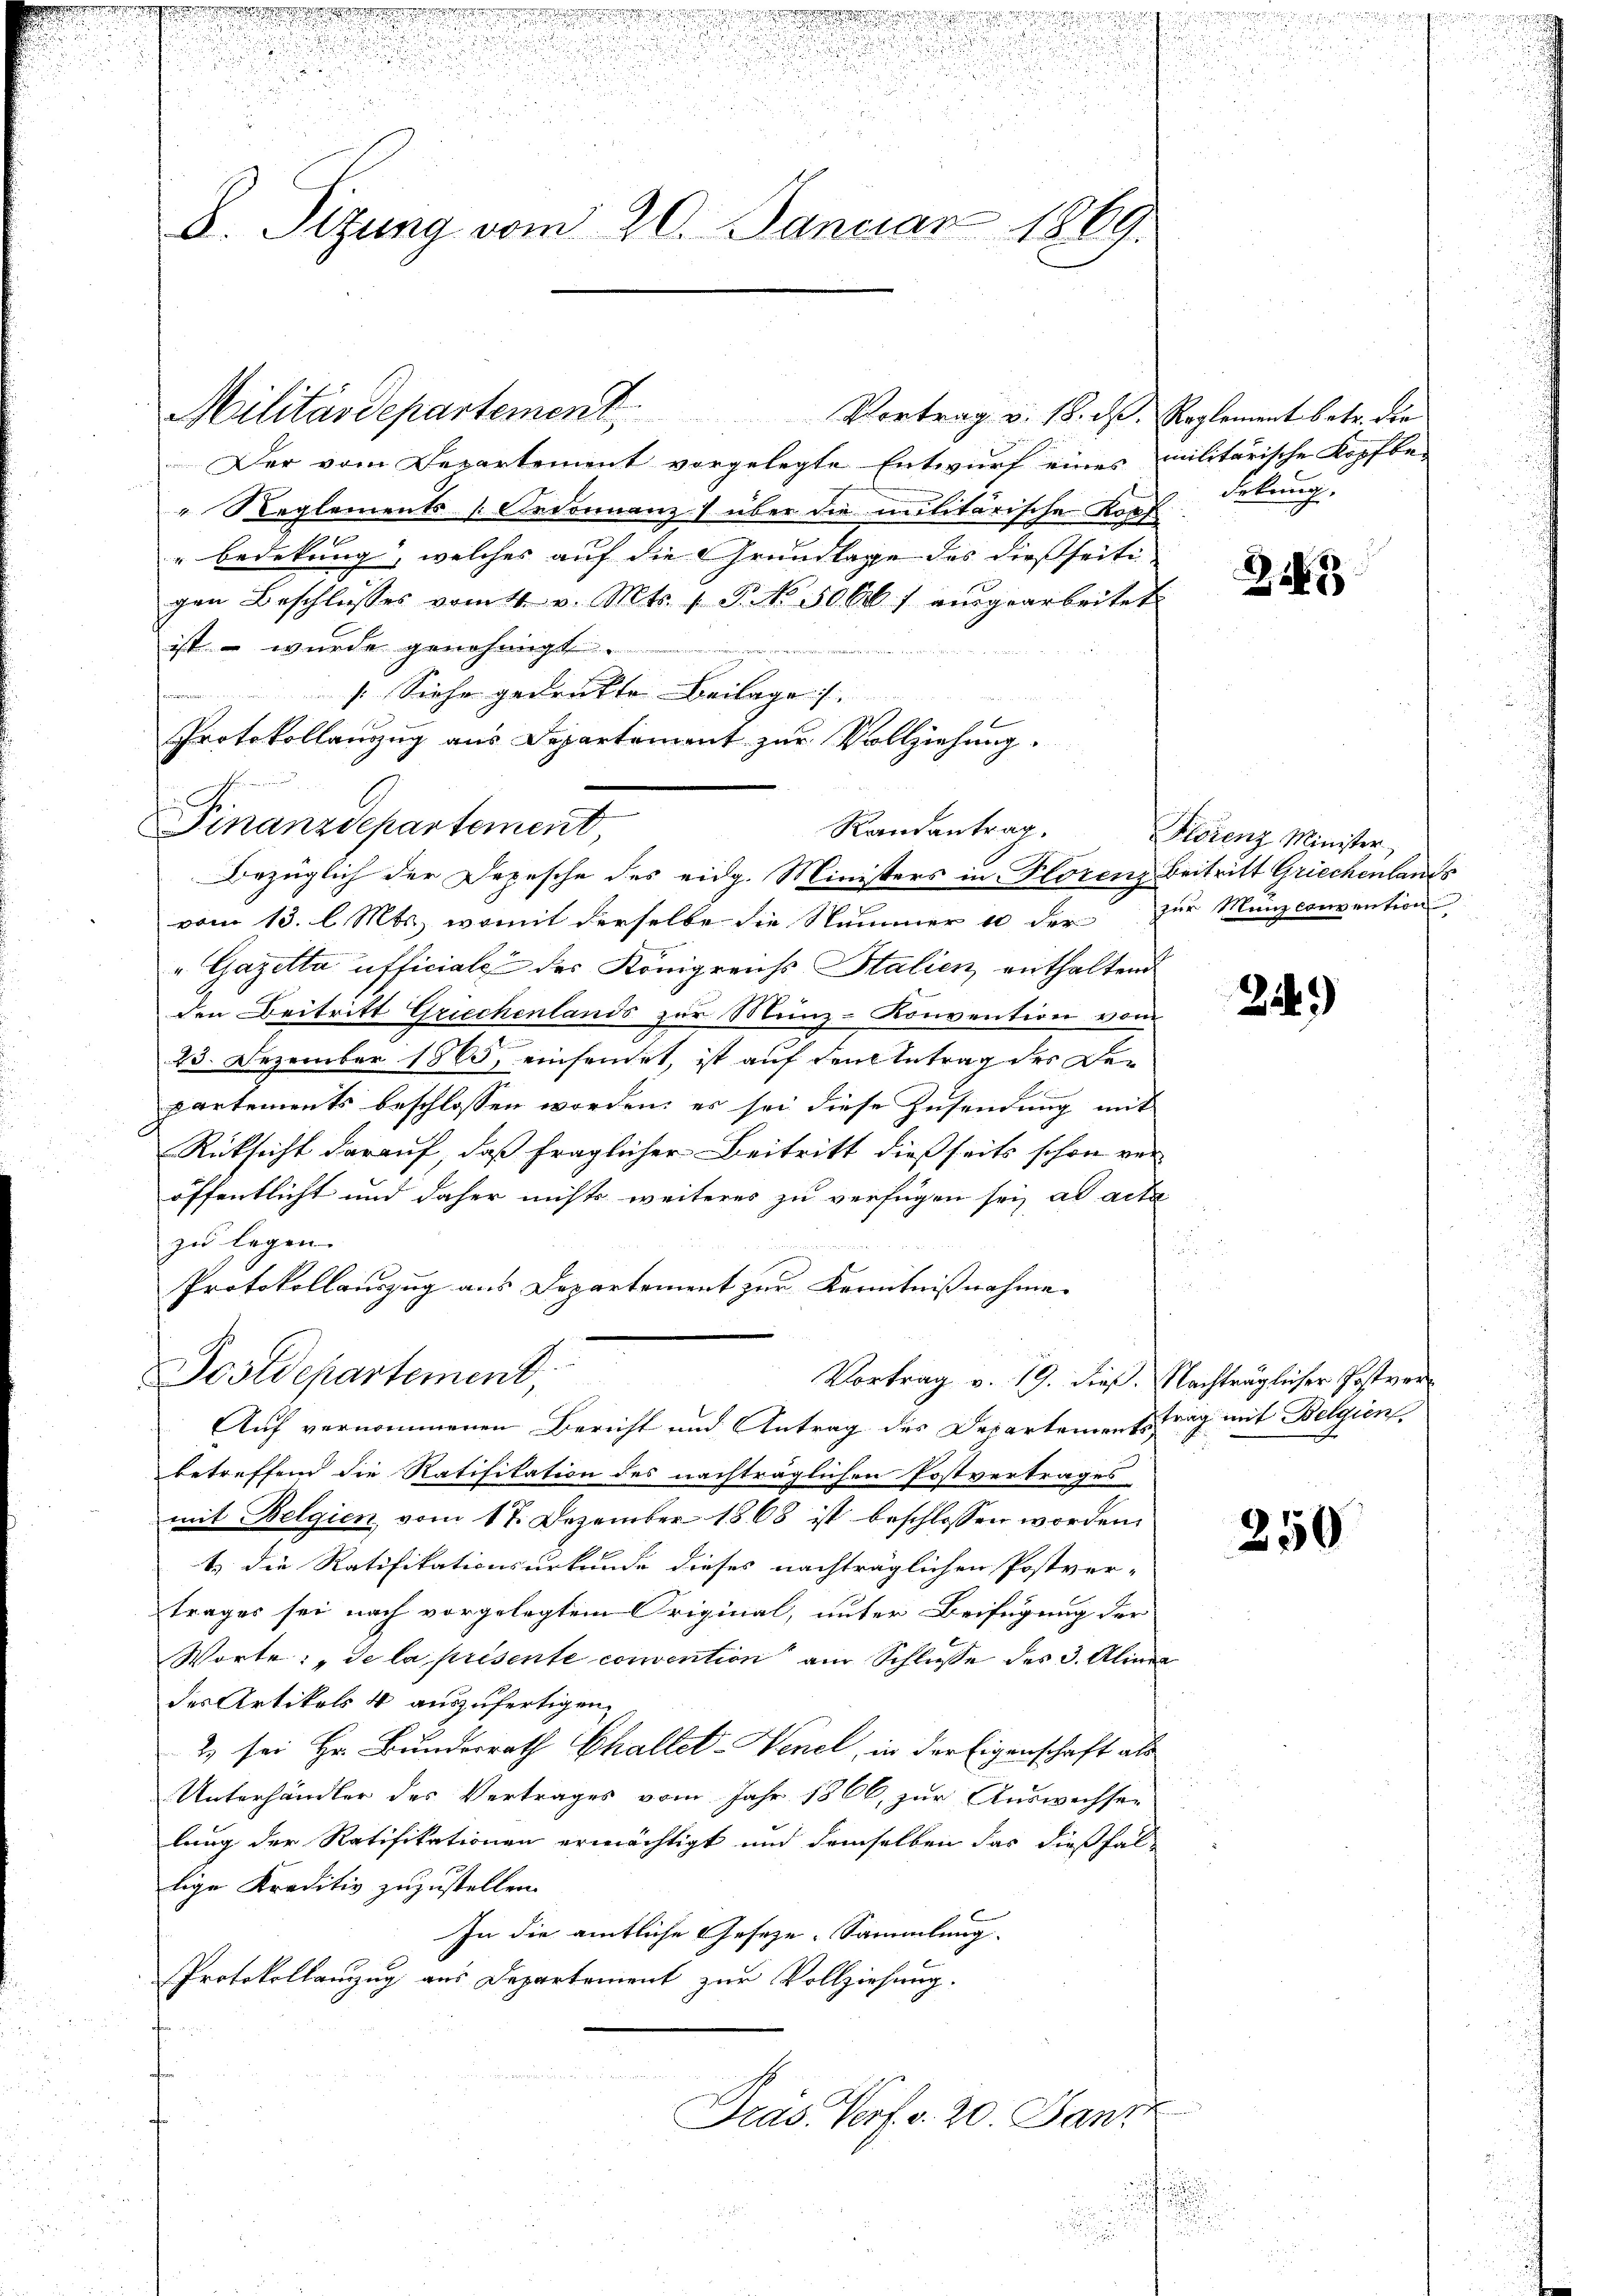
.
e und
A. Sitzung vom 20. Januar 1869.

d
n

Militärdepartement. Vortrag v. 18. d. Reglement betr. die
Der vom Departement vorgelegte Entwurf eines militarische Kopfbe-
" Reglements Ordonnanz) über die militärische Kopf
" bedekung, welches auf die Grundlage des dießseitigen Beschlŭsses vom 4. v. Mts. 1 P. No. 500 f eingearbeitet.
ist. – wurde genehmigt
[Siehe gedruckte Beilage.
Protokollanzug aus Departement zur Vollziehung.
Finanzdepartement,
Randantrag.
Bezüglich der Depesche des eidg. Ministers in Florenz Beitritt Griechenlands
vom 13. l. Mts., womit derselbe die Nummer 10 der zur Manzconvention
„Gazetta afficiale des Königreichs Stalien, enthaltend
den Beitritt Griechenlands zur Münz-Konvention vom
23. Dezember 1865, einsamet, ist auf den Antrag des De¬
E
partements beschlossen worden, es sei diese Zusendung mit
Rücksicht darauf, daß fraglicher Beitritt dießseits schon ver-
öffentlicht und daher nichts weiteres zu verfügen sei ad acta
zu legen.
Protokollauszug aus Departement zur Kenntnißnahme
Postdepartement,
Vortrag v. 19. dieß. Nachträglicher Postver
Auf vernommenen Bericht und Antrag des Departemensstrag mit Belgien
betreffend die Ratifikation des nachträglichen Postvertrages
mit Belgien vom 17. Dezember 1868 ist beschlossen worden.
t. die Ratifikationsurkunde dieses nachträglichen Postver-
trages sei nach vorgelegtem Original, unter Beifügung der
Worte: „de la présente convention am Schlusse des 3. Alimen
des Artikels 4 auszufertigen,
2 sei Hr. Bundesrath Challet-Venel, in der Eigenschaft als
Unterhändler des Vertrages vom Jahr 1866, zur Auswechsen
lung der Ratifikationen ermächtigt und demselben das dießfallige Kreditiv zuzustellen.
In die amtliche Geseze-Sammlung.
Protokollanzug aus Departement zur Vollziehung.

Präs. Verf. v. 20. Janz
u

e

h
n
e

dekung.

2

Florenz Minister

21.)

250